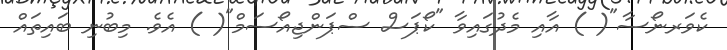
ކެވަރނޯސާ"( ) އާއި މެދުގައިވާ "ކޯޕަސް ސްޕަންޖިއޯސަމް"( ) އެވެ. މިބުނި ބައިތައް